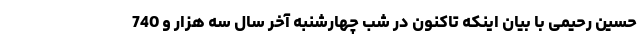
حسین رحیمی با بیان اینکه تاکنون در شب چهارشنبه آخر سال سه هزار و 740